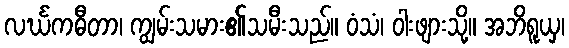
လင်္ဃကဓီတာ၊ ကျွမ်းသမား၏သမီးသည်။ ဝံသံ၊ ဝါးဖျားသို့။ အဘိရူယှ၊